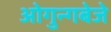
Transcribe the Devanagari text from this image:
ओगुन्गबेजे